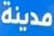
مدينة